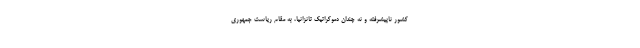
کشور ناپیشرفته و نه چندان دموکراتیک تانزانیا، به مقام ریاست جمهوری